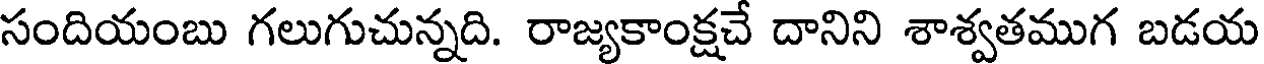
సందియంబు గలుగుచున్నది. రాజ్యకాంక్షచే దానిని శాశ్వతముగ బడయ